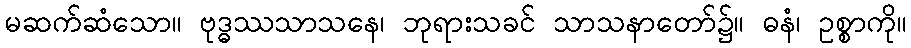
မဆက်ဆံသော။ ဗုဒ္ဓဿသာသနေ၊ ဘုရားသခင် သာသနာတော်၌။ ဓနံ၊ ဥစ္စာကို။